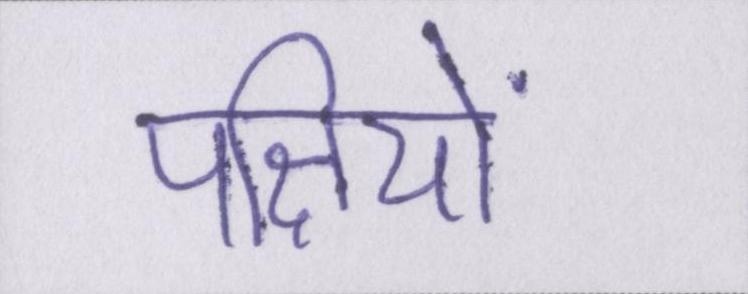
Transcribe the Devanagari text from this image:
पक्षियों